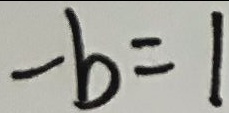
- b = 1